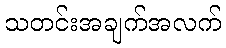
သတင်းအချက်အလက်